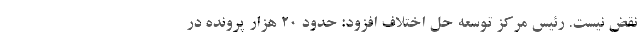
نقض نیست. رئیس مرکز توسعه حل اختلاف افزود: حدود ۲۰ هزار پرونده در